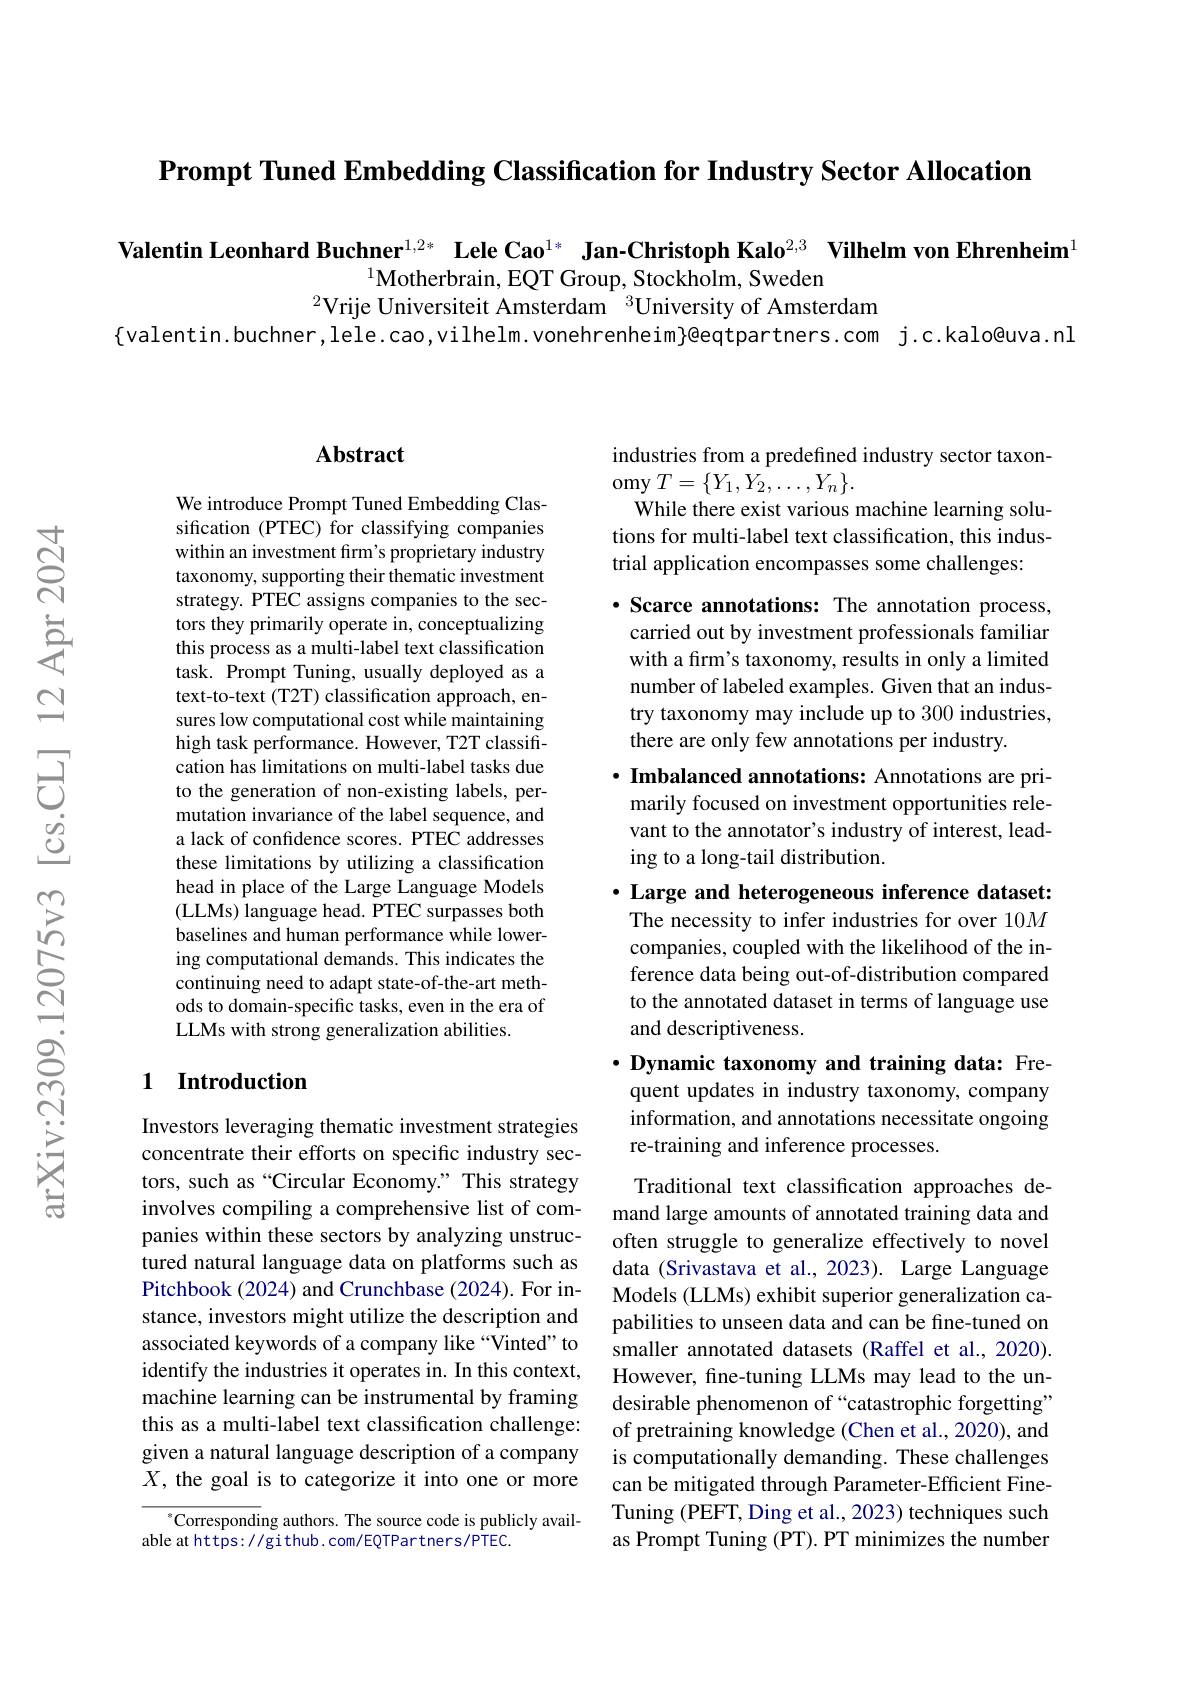
$\textbf{Prompt Tuned Embedding Classification for Industry Sector Allocation}$

Valentin Leonhard Buchner$^1, 2*$ $\textbf{Lele Cao}^{1* }$ $\textbf{Jan- Christoph Kalo}^{2, 3}$ $\textbf{Vilhelm von Ehrenheim}^{1}$
$^{1}$Motherbrain, EQT Group, Stockholm, Sweden
$^{2}$Vrije Universiteit Amsterdam $^{3}$University of Amsterdam
$\{$valentin.buchner,lele.cao,vilhelm.vonehrenheim}@eqtpartners.com j.c.kalo@uva.nl

## Abstract

We introduce Prompt Tuned Embedding Classification (PTEC) for classifying companies within an investment frm's proprietary industry taxonomy, supporting their thematic investment strategy. PTEC assigns companies to the sectors they primarily operate in, conceptualizing this process as a multi-label text classification task. Prompt Tuning, usually deployed as a text-to-text (T2T) classification approach, ensures low computational cost while maintaining high task performance. However, T2T classification has limitations on multi-label tasks due to the generation of non-existing labels, permutation invariance of the label sequence, and a lack of confidence scores. PTEC addresses these limitations by utilizing a classification head in place of the Large Language Models (LLMs) language head. PTEC surpasses both baselines and human performance while lowering computational demands. This indicates the continuing need to adapt state-of-the-art methods to domain-specific tasks, even in the era of LLMs with strong generalization abilities.

## 1 Introduction

Investors leveraging thematic investment strategies concentrate their efforts on specific industry sectors, such as“Circular Economy.” This strategy involves compiling a comprehensive list of companies within these sectors by analyzing unstructured natural language data on platforms such as Pitchbook (2024) and Crunchbase (2024). For instance, investors might utilize the description and associated keywords of a company like “Vinted” to identify the industries it operates in. In this context, machine learning can be instrumental by framing this as a multi-label text classification challenge: given a natural language description of a company $X$, the goal is to categorize it into one or more

$^{*}$Corresponding authors. The source code is publicly avail-
able at https: / / gi thub. com/ EQTPar tners/ PTEC.

industries from a predefined industry sector taxon-
$\mathop{\mathrm{omy}}T=\{Y_{1},Y_{2},\ldots,Y_{n}\}.$
While there exist various machine learning solutions for multi-label text classification, this industrial application encompasses some challenges:

$\cdot$ Scarce annotations: The annotation process, carried out by investment professionals familiar with a firm's taxonomy, results in only a limited number of labeled examples. Given that an industry taxonomy may include up to 300 industries, there are only few annotations per industry.

$\cdot$ Imbalanced annotations: Annotations are primarily focused on investment opportunities relevant to the annotator's industry of interest, leading to a long-tail distribution.

$\cdot$ Large and heterogeneous inference dataset: The necessity to infer industries for over 10M companies, coupled with the likelihood of the inference data being out-of-distribution compared to the annotated dataset in terms of language use and descriptiveness.

$\cdot \textbf{Dynamic taxonomy and training data: Fre- }$ quent updates in industry taxonomy, company information, and annotations necessitate ongoing re-training and inference processes.

Traditional text classification approaches demand large amounts of annotated training data and often struggle to generalize effectively to novel data (Srivastava et al.,2023). Large Language Models (LLMs) exhibit superior generalization capabilities to unseen data and can be fine-tuned on smaller annotated datasets (Raffel et al., 2020). However, fine-tuning LLMs may lead to the undesirable phenomenon of “catastrophic forgetting” of pretraining knowledge (Chen et al., 2020), and is computationally demanding. These challenges can be mitigated through Parameter-Efficient FineTuning (PEFT, Ding et al., 2023) techniques such as Prompt Tuning (PT). PT minimizes the number